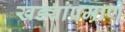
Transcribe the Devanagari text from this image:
खड्यांप्रमाणे